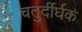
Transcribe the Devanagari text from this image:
चतुर्दीर्घक